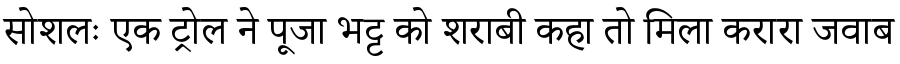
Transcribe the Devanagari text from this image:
सोशलः एक ट्रोल ने पूजा भट्ट को शराबी कहा तो मिला करारा जवाब